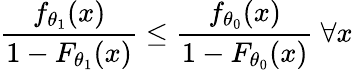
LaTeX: {\frac{f_{\theta_{1}}(x)}{1-F_{\theta_{1}}(x)}}\leq{\frac{f_{\theta_{0}}(x)}{1-F_{\theta_{0}}(x)}}\ \forall x